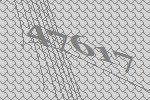
47617